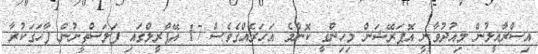
އިސްރާއީލުން މިއުދުވާނީ އޮޕަރޭޝަން މިހިންގީ ކޮންމެ އަހަރެއްގެވެސް 17 އޭޕްރީލްގައި ފަލަސްތީނުން ފާހަގަކުރާ